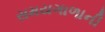
સમયગાળાની